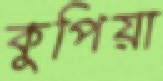
কুপিয়া